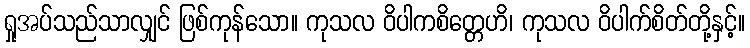
ရှုအပ်သည်သာလျှင် ဖြစ်ကုန်သော။ ကုသလ ဝိပါကစိတ္တေဟိ၊ ကုသလ ဝိပါက်စိတ်တို့နှင့်။